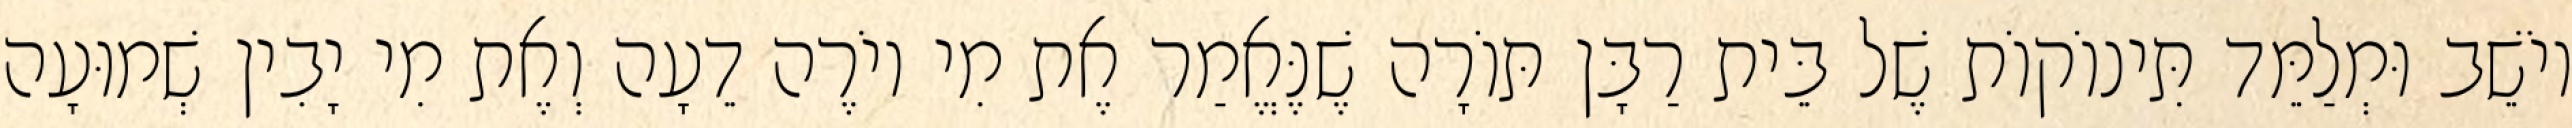
יוֹשֵׁב וּמְלַמֵּד תִּינוֹקוֹת שֶׁל בֵּית רַבָּן תּוֹרָה שֶׁנֶּאֱמַר אֶת מִי יוֹרֶה דֵעָה וְאֶת מִי יָבִין שְׁמוּעָה